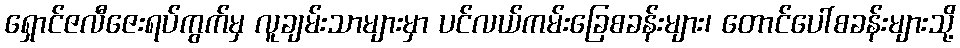
ရှောင်ဇလီဇေးရပ်ကွက်မှ လူချမ်းသာများမှာ ပင်လယ်ကမ်းခြေစခန်းများ၊ တောင်ပေါ်စခန်းများသို့